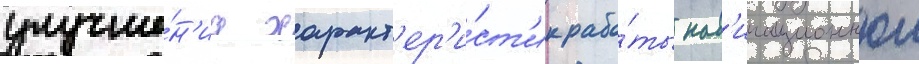
улучше́н'иа характ'ер'и́ст'ик рабо́ты нав'игационнои